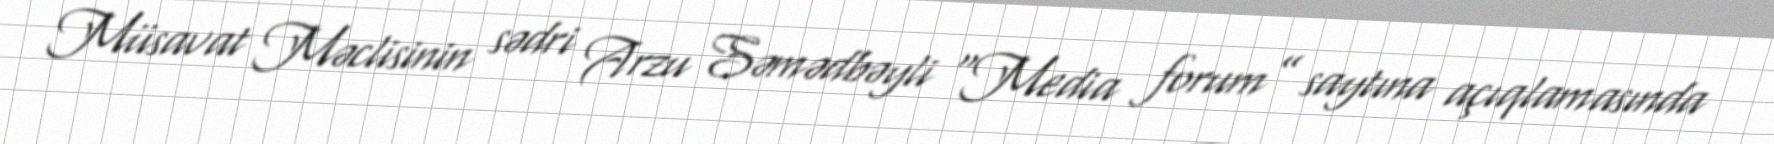
Müsavat Məclisinin sədri Arzu Səmədbəyli “Media forum” saytına açıqlamasında